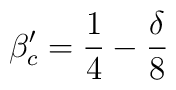
\beta'_{c}=\frac{1}{4}-\frac{\delta}{8}